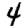
Digit: 4